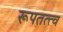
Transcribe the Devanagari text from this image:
रूपतत्त्व